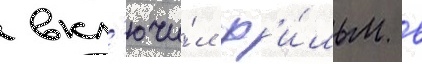
 вкл'ючи́л ф'и́льм в